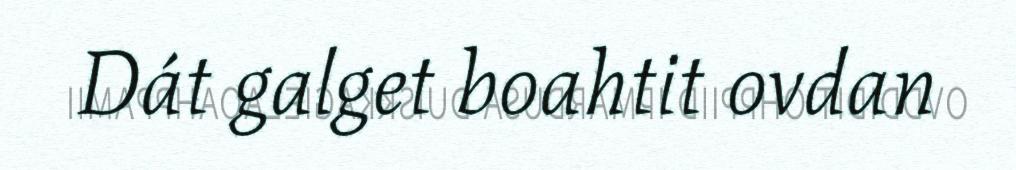
Dát galget boahtit ovdan